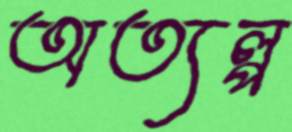
অত্যল্প